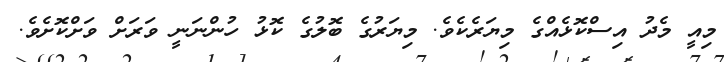
މިއީ މެދު އިސްކޮޅެއްގެ މިޔަރެކެވެ. މިޔަރުގެ ބޮލުގެ ކޮޅު ހުންނަނީ ވަރަށް ވަށްކޮށެވެ.